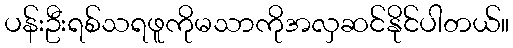
ပန်းဦးရစ်သရဖူကိုမသာကိုအလှဆင်နိုင်ပါတယ်။